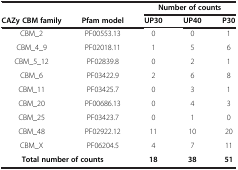
|  |  | <COLSPAN=3> Number of counts |
 | CAZy CBM family | Pfam model | UP30 | UP40 | P30 |
 | --- | --- | --- | --- | --- |
 | CBM_2 | PF00553.13 | 0 | 0 | 1 |
 | CBM_4_9 | PF02018.11 | 1 | 5 | 6 |
 | CBM_5_12 | PF02839.8 | 0 | 2 | 1 |
 | CBM_6 | PF03422.9 | 2 | 6 | 8 |
 | CBM_11 | PF03425.7 | 0 | 3 | 1 |
 | CBM_20 | PF00686.13 | 0 | 4 | 3 |
 | CBM_25 | PF03423.7 | 0 | 1 | 0 |
 | CBM_48 | PF02922.12 | 11 | 10 | 20 |
 | CBM_X | PF06204.5 | 4 | 7 | 11 |
 | <COLSPAN=2> Total number of counts | 18 | 38 | 51 |